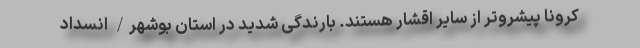
کرونا پیشروتر از سایر اقشار هستند. بارندگی شدید در استان بوشهر/ انسداد